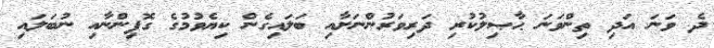
ދެ ވަނަ އަދި ތިންވަނަ ޙާޞިލުކުރި ދަރިވަރުންނަށާއި ބަލައިގެން ކިޔެވުމުގެ ގޮފިންނާއި ނުބަލައި